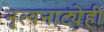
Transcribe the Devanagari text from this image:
नृत्यनाट्येही